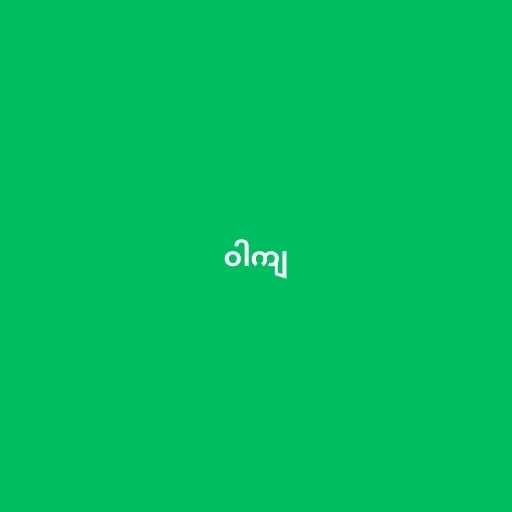
ဝါကျ